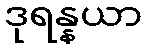
ဒုရန္နယာ